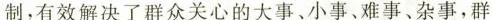
制。有效解决了群众关心的大事、小事、难事、杂事，群